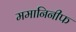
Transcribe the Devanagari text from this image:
ममानिनीफ